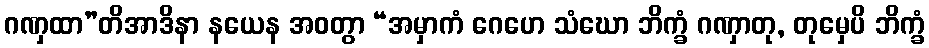
ဂဏှထာ”တိအာဒိနာ နယေန အဝတွာ “အမှာကံ ဂေဟေ သံဃော ဘိက္ခံ ဂဏှာတု, တုမှေပိ ဘိက္ခံ